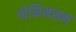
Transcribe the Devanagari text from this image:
पोर्किनसन